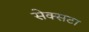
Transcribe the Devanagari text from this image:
सेक्सटा